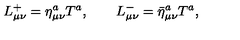
L _ { \mu \nu } ^ { + } = \eta _ { \mu \nu } ^ { a } T ^ { a } , \qquad L _ { \mu \nu } ^ { - } = { \bar { \eta } } _ { \mu \nu } ^ { a } T ^ { a } ,